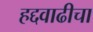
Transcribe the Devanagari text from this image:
हद्दवाढीचा